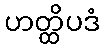
ဟတ္ထိပဒံ